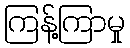
ကြန့်ကြာမှု